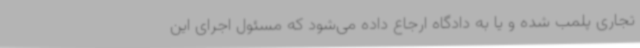
تجاری پلمب شده و یا به دادگاه ارجاع داده می‌شود که مسئول اجرای این